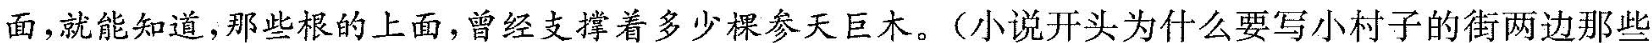
面，就能知道，那些根的上面，曾经支撑着多少棵参天巨木。(小说开头为什么要写小村子街两边那些“